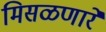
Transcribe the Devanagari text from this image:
मिसळणारे